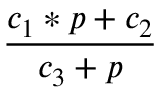
\frac { c _ { 1 } * p + c _ { 2 } } { c _ { 3 } + p }